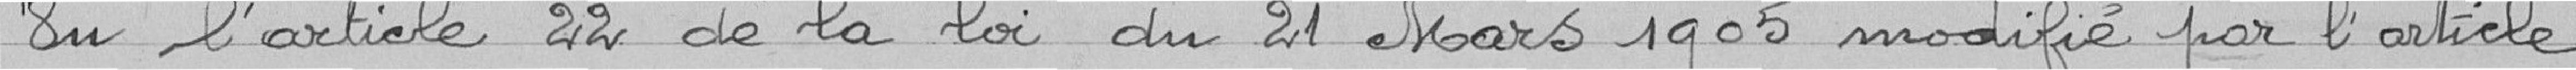
Vu l'article 22 de la loi du 21 Mars 1905 modifié par l'article